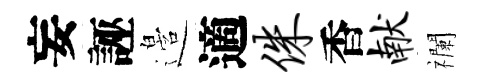
妄誣邉適侏香献襴